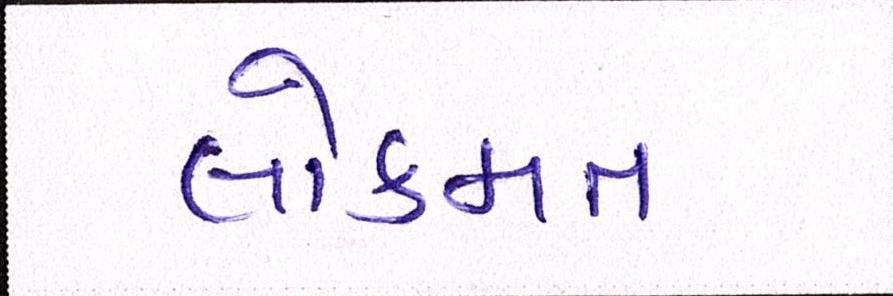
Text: લોકમત